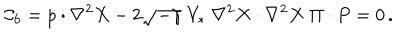
LaTeX: { \cal C } _ { 6 } = p \cdot \nabla ^ { 2 } X - 2 \sqrt { - \gamma } \; V _ { * } \; \nabla ^ { 2 } X \cdot \nabla ^ { 2 } X \; \Pi \cdot P = 0 \, .